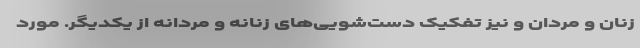
زنان و مردان و نیز تفکیک دست‌شویی‌های زنانه و مردانه از یکدیگر. مورد